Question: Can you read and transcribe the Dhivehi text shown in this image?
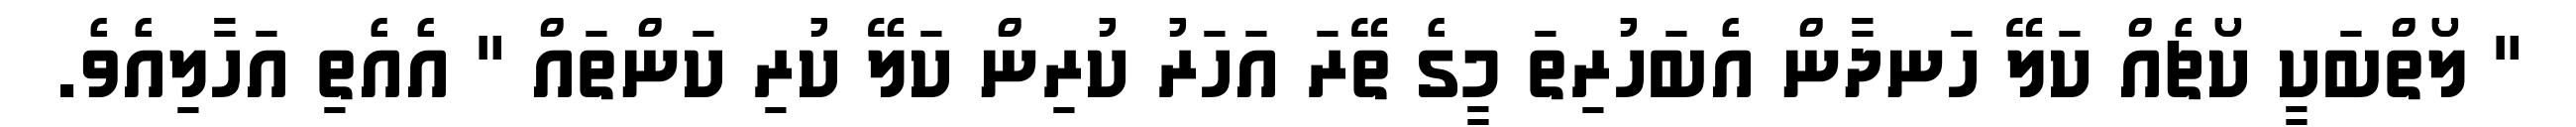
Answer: " ލޯތްބަކީ ކޯޗެއް ކަލޭ ހަނދާން އެބަހުރިތަ މީގެ ތޭރަ އަހަރު ކުރިން ކަލޭ ކުރި ކަންތައް " އެއެތި އަހާލިއެވެ.